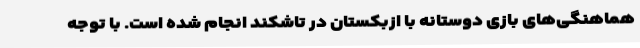
هماهنگی‌های بازی دوستانه با ازبکستان در تاشکند انجام شده است. با توجه